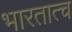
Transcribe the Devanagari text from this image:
भारतात्च